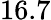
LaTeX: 16.7